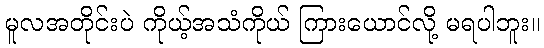
မူလအတိုင်းပဲ ကိုယ့်အသံကိုယ် ကြားယောင်လို့ မရပါဘူး။